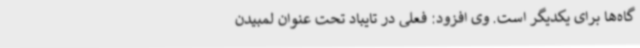
گاه‌ها برای یکدیگر است. وی افزود: فعلی در تایباد تحت عنوان لمبیدن